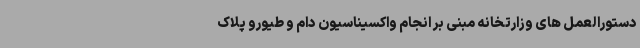
دستورالعمل های وزارتخانه مبنی بر انجام واکسیناسیون دام و طیورو پلاک